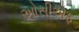
ઓસીએફ